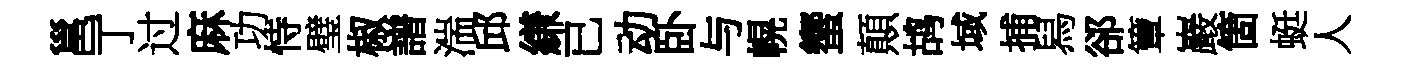
邕丁过麻功恃璧椒譜湍邱縑已动卧与幌蠁顛鸪域捕舄郤簟巖箇蜓人